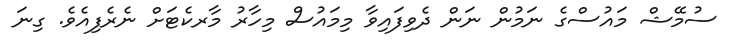
ސުމޭޝް މައުސްގެ ނަމުން ނަން ދެވިފައިވާ މިމައުސް މިހާރު މާރކެޓަށް ނެރެފިއެވެ. ގިނަ